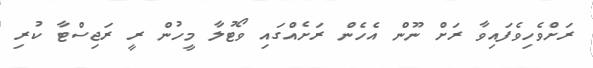
ރަށްވެހިވެފައިވާ ރަށް ނޫން އެހެން ރަށެއްގައި ވޯޓުލާ މީހުން ރީ ރަޖިސްޓާ ކުރި